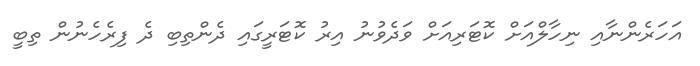
އަހަރެންނާއި ނިހާލްއަށް ކޮޓަރިއަށް ވަދެވުނު އިރު ކޮޓަރީގައި ދެންތިބި ދެ ފިރެހެނުން ތިބީ